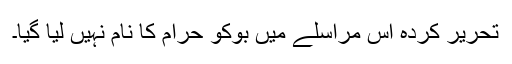
تحریر کردہ اس مراسلے میں بوکو حرام کا نام نہیں لیا گیا۔